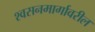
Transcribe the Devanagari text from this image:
श्वसनमार्गावरील